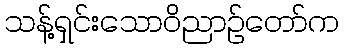
သန့်ရှင်းသောဝိညာဉ်တော်က